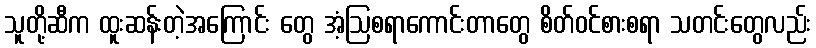
သူတို့ဆီက ထူးဆန်းတဲ့အကြောင်း တွေ အံ့ဩစရာကောင်းတာတွေ စိတ်ဝင်စားစရာ သတင်းတွေလည်း